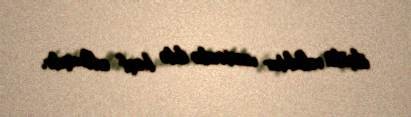
ölçülü reflektor vasitəsilə ildə kəşf edilmişdir.